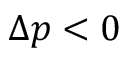
\Delta p < 0